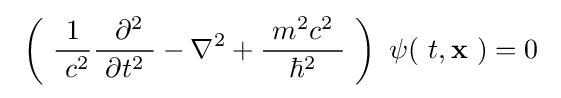
\ \left(\ {\frac {1}{\ c^{2}}}{\frac {\ \partial ^{2}}{\ \partial t^{2}\ }}-\nabla ^{2}+{\frac {\ m^{2}c^{2}\ }{\hbar ^{2}}}\ \right)\ \psi (\ t,\mathbf {x} \ )=0\